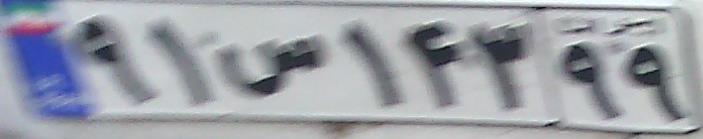
۹۱س۱۴۳۹۹